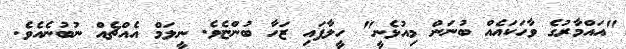
"އައްމާރުގެ ވާހަކައެއް ބުނަން މިއުޅެނީ" ހީލާފައި ޒަހާ ބުންޏެވެ. ނީލަމް އެއްޗެއް ނުބުނެއެވެ.